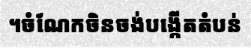
។ចំណែកចិនចង់បង្កើតតំបន់